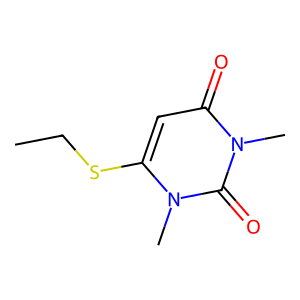
SMILES: CCSc1cc(=O)n(C)c(=O)n1C
Inhibits HIV replication: No